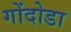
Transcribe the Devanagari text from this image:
गोंदोडा